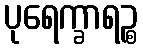
ပုရေက္ခာရဉ္စ